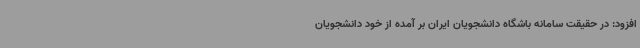
افزود: در حقیقت سامانه باشگاه دانشجویان ایران بر آمده از خود دانشجویان